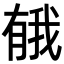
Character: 𪱤